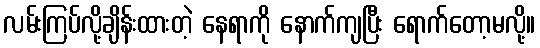
လမ်းကြပ်လို့ချိန်းထားတဲ့ နေရာကို နောက်ကျပြီး ရောက်တော့မလို့။